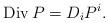
LaTeX: \begin{align*}\operatorname{Div}P=D_iP^i.\end{align*}